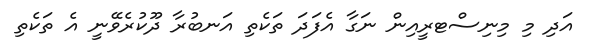
އަދި މި މިނިސްޓރީއިން ނަގާ އެފަދަ ތަކެތި އަނބުރާ ދޫކުރެވޭނީ އެ ތަކެތި